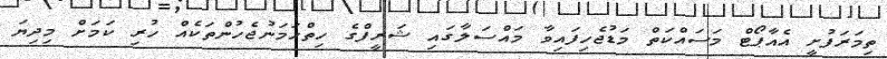
ތިމަރަފުށީ އެއާޕޯޓް މަސައްކަތް މަޑުޖެހިފައިވާ މައްސަލާގައި ޝަރީފްގެ ހިތްހަމަނުޖެހުންތަކެއް ހުރި ކަމަށް މިދިޔަ